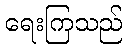
ရေးကြသည်